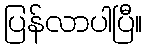
ပြန်လာပါပြီ။